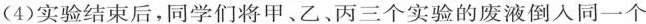
(4)实验结束后，同学们将甲、乙、丙三个实验的废液倒入同一个